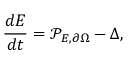
\frac { d E } { d t } = \mathcal { P } _ { E , \partial \Omega } - \Delta ,